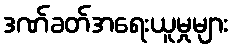
ဒဏ်ခတ်အရေးယူမှုများ